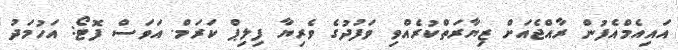
އައިއެމްއެފުން ރާއްޖެއަށް ޒިޔާރަތްކުރެއްވި ވަފުދުގެ ވެރިޔާ ފިލިޕް ކަރަމް. އަވަސް ފޮޓޯ: އަހުމަދު